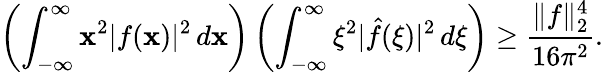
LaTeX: \left(\int_{-\infty}^{\infty}\mathbf{x}^{2}|f(\mathbf{x})|^{2}\, d\mathbf{x}\right)\left(\int_{-\infty}^{\infty}\xi^{2}|{\hat{{f}}}(\xi)|^{2}\, d\xi\right)\geq{\frac{{\| f\| _{2}^{4}}}{{16\pi^{2}}}}.